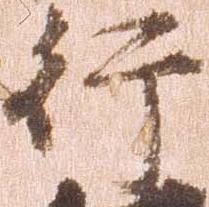
行